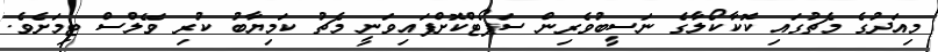
މިއަދުގެ މެޗުގައި ކޮކާކޯލާގެ ނަސީބުވެރިން ސަޕޯޓްކޮށްފައިވަނީ މެޗު ކަމިޔާބު ކުރި ވޭލްސް ޓިމަށެވެ.